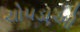
ચોપડાઓ